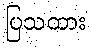
ပြသထား